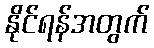
နိုင်ရန်အတွက်